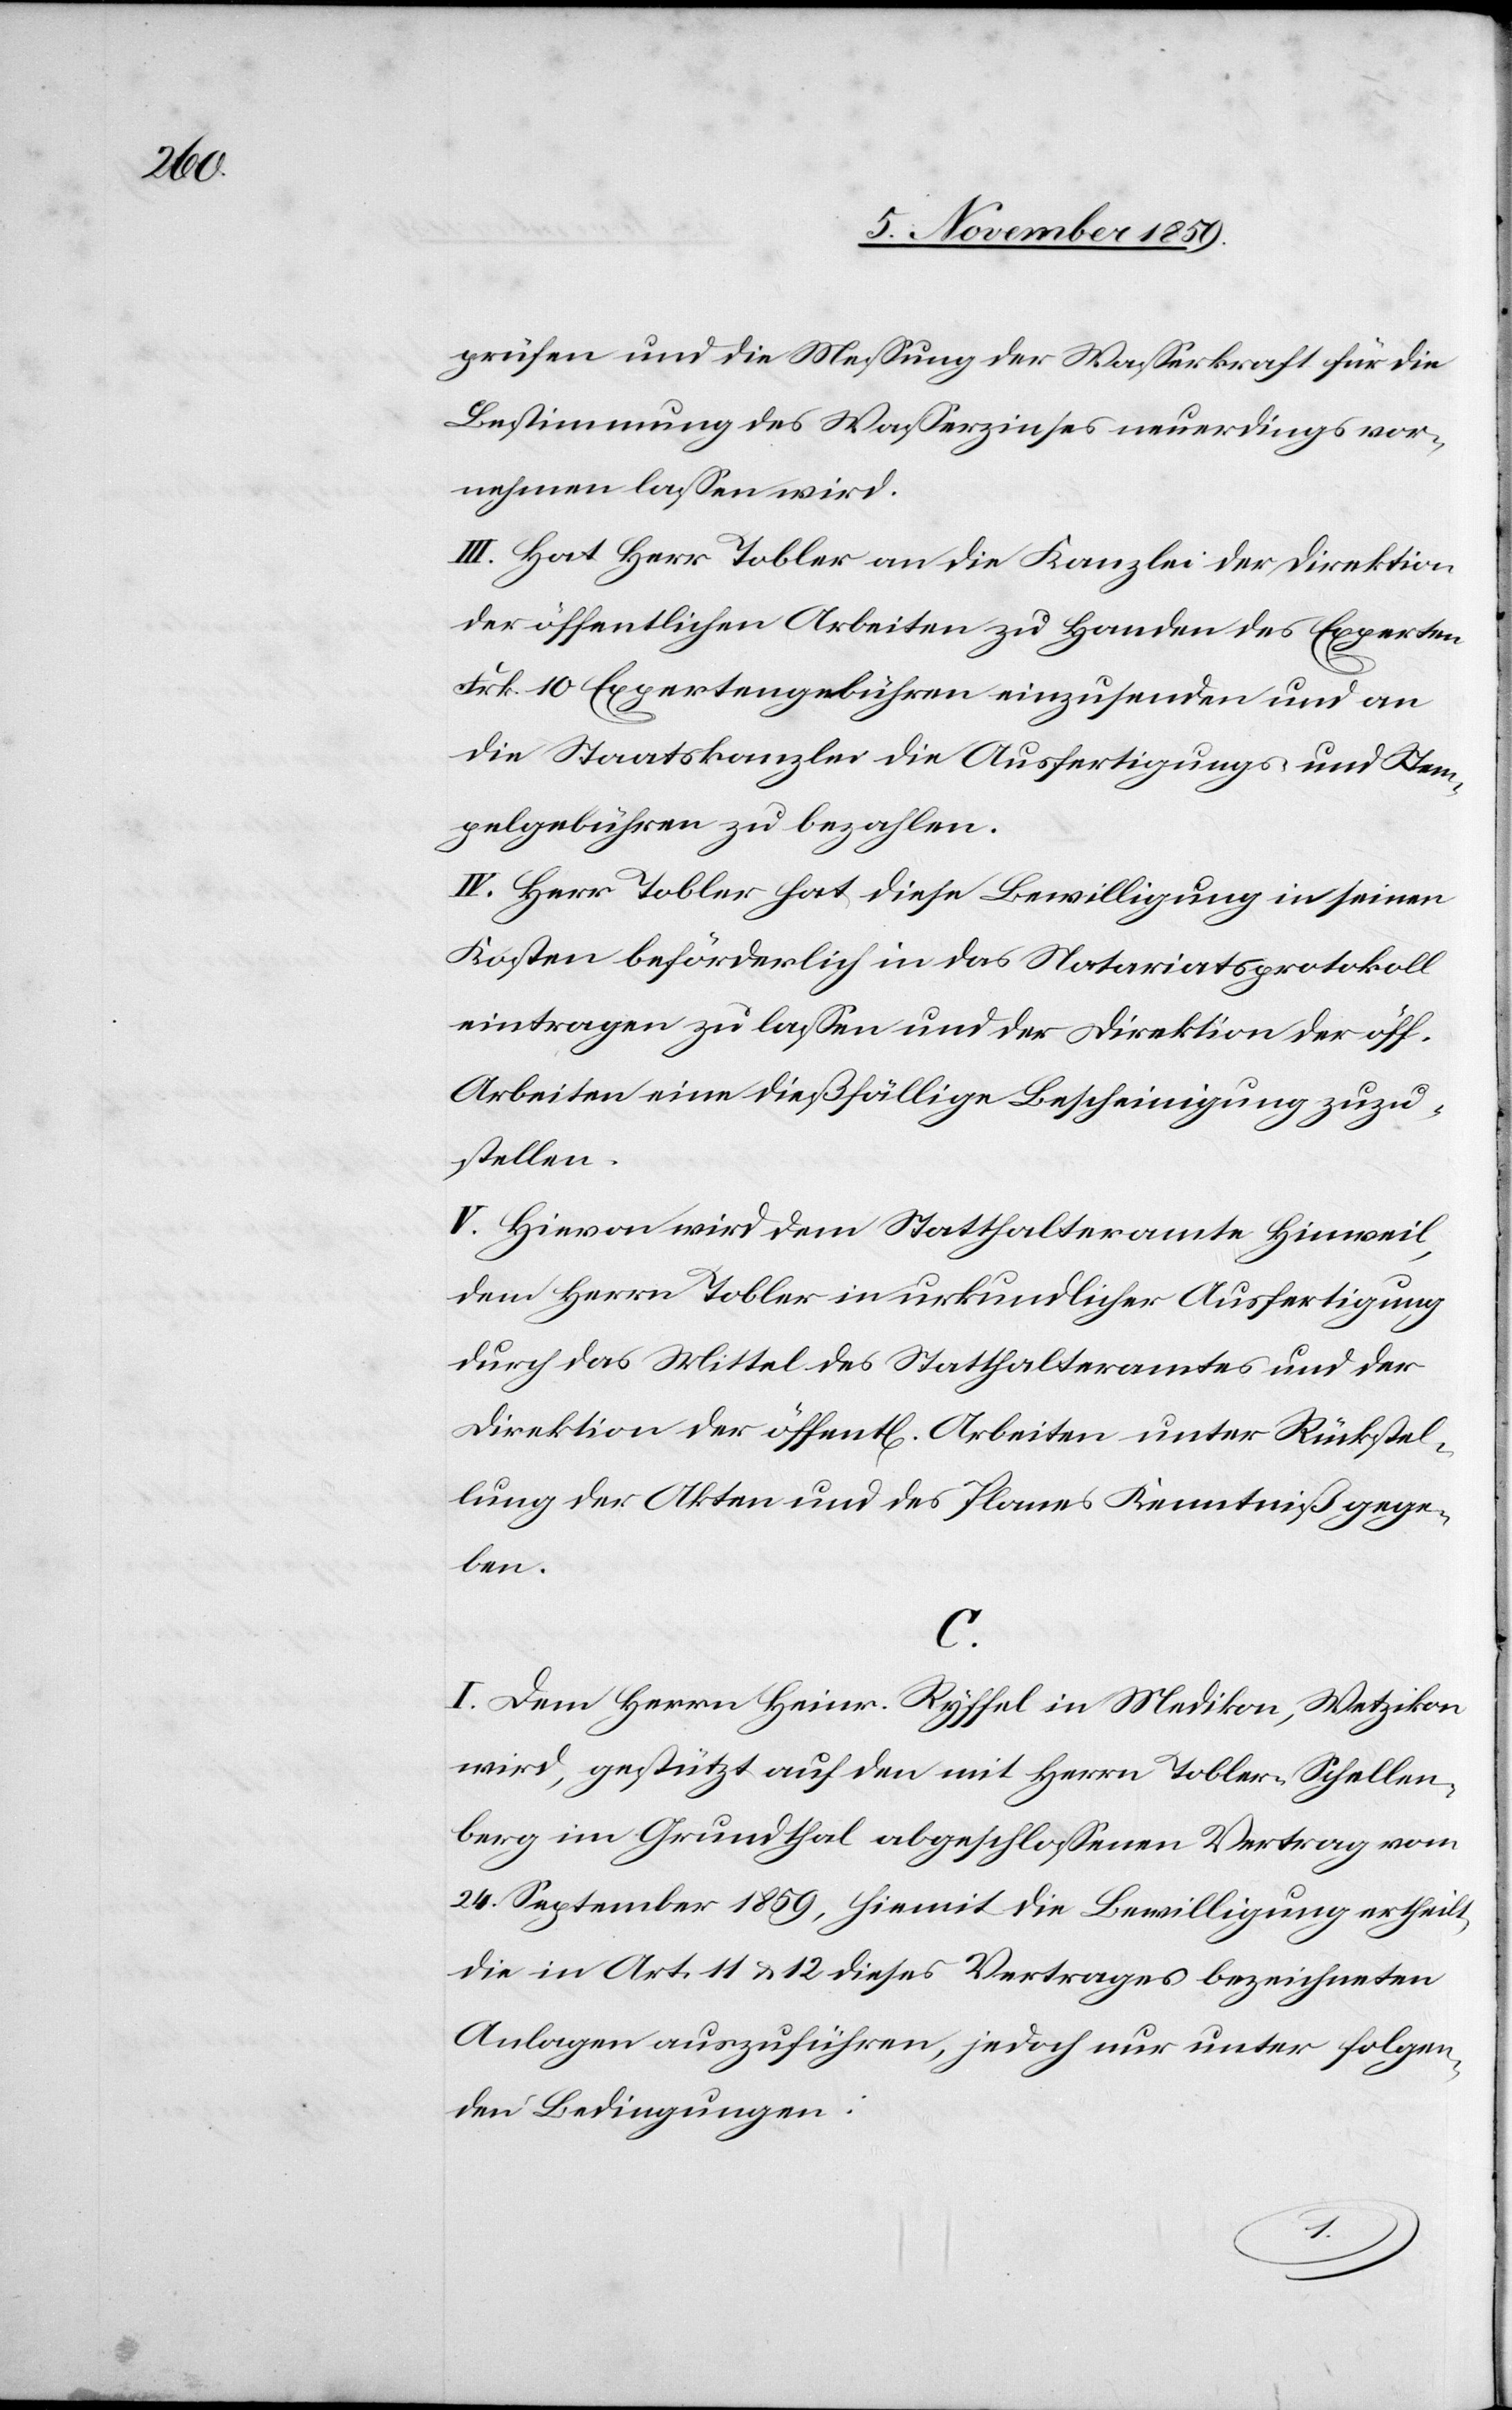
pelgebü¬

prüfen und die Messung der Wasserkraft für die
Bestimmung des Wasserzinses neuerdings vor¬
nehmen lassen wird.
III. Hat Herr Tobler an die Kanzlei der Direktion
der öffentlichen Arbeiten zu Handen des Experten
Frk. 10 Expertengebühren einzusenden und an
die Staatskanzlei die Ausfertigungs- und Stem¬
IV. Herr Tobler hat diese Bewilligung in seinen
Kosten beförderlich in das Notariatsprotokoll
eintragen zu lassen und der Direktion der öff.
Arbeiten eine dießfällige Bescheinigung zuzu¬
stellen.
V. Hievon wird dem Statthalteramte Hinweil,
dem Herrn Tobler in urkundlicher Ausfertigung
durch das Mittel des Statthalteramtes und der
Direktion der öffentl[ichen] Arbeiten unter Rückstel¬
lung der Akten und des Planes Kenntniß gege¬
ben.
C.
I. Dem Herrn Heinr. Ryffel in Medikon, Wetzikon
wird, gestützt auf den mit Herrn Tobler-Schellen¬
berg im Grundthal abgeschlossenen Vertrag vom
24. September 1859, hiemit die Bewilligung ertheilt,
die in Art. 11 & 12 dieses Vertrages bezeichneten
Anlagen auszuführen jedoch nur unter folgen¬
den Bedingungen: